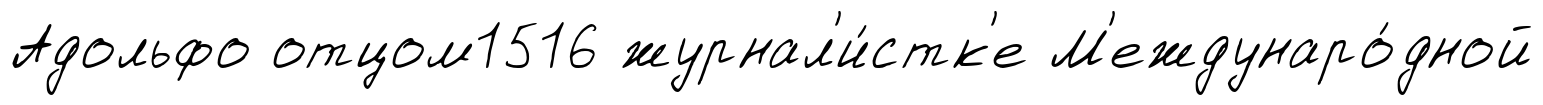
Адольфо отцом1516 журнал'и́стк'е М'еждунаро́дной